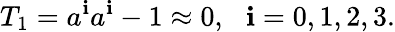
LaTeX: T_{1}=a^{\mathbf{i}}a^{\mathbf{i}}-1\approx0,\, \, \, \, \mathbf{i}=0,1,2,3.